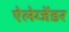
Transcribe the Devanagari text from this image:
ऐलेग्जेंडर